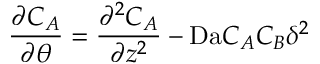
\frac { \partial C _ { A } } { \partial \theta } = \frac { \partial ^ { 2 } C _ { A } } { \partial z ^ { 2 } } - \mathrm { D a } C _ { A } C _ { B } \delta ^ { 2 }